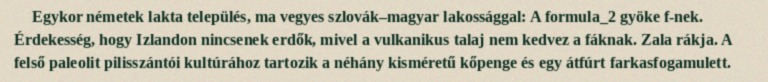
Egykor németek lakta település, ma vegyes szlovák–magyar lakossággal: A formula_2 gyöke f-nek. Érdekesség, hogy Izlandon nincsenek erdők, mivel a vulkanikus talaj nem kedvez a fáknak. Zala rákja. A felső paleolit pilisszántói kultúrához tartozik a néhány kisméretű kőpenge és egy átfúrt farkasfogamulett.